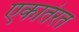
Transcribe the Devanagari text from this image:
एकातंरत